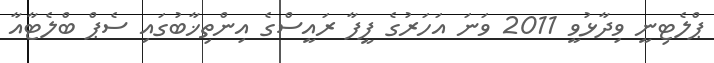
ޕްލެޓިނީ ވިދާޅުވީ 2011 ވަނަ އަހަރުގެ ފީފާ ރައީސްގެ އިންތިޚާބުގައި ސެޕް ބްލެޓާއާ